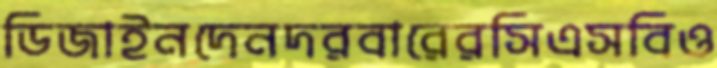
ডিজাইনদেনদরবারেরসিএসবিও